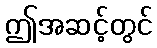
ဤအဆင့်တွင်